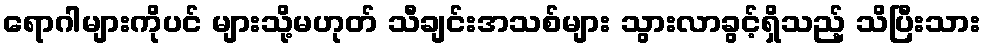
ရောဂါများကိုပင် များသို့မဟုတ် သီချင်းအသစ်များ သွားလာခွင့်ရှိသည့် သိပြီးသား